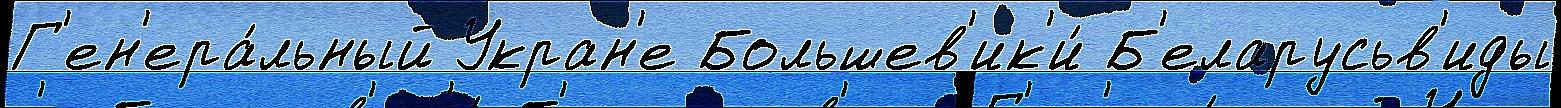
Г'ен'ера́льный Укран'е Большев'ик'и́ Б'еларусьв'иды